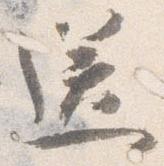
送